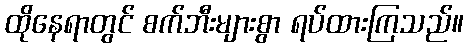
ထိုနေရာတွင် စက်ဘီးများစွာ ရပ်ထားကြသည်။